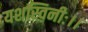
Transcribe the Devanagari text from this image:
यशस्विनीः।।